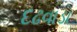
દઢવાડા